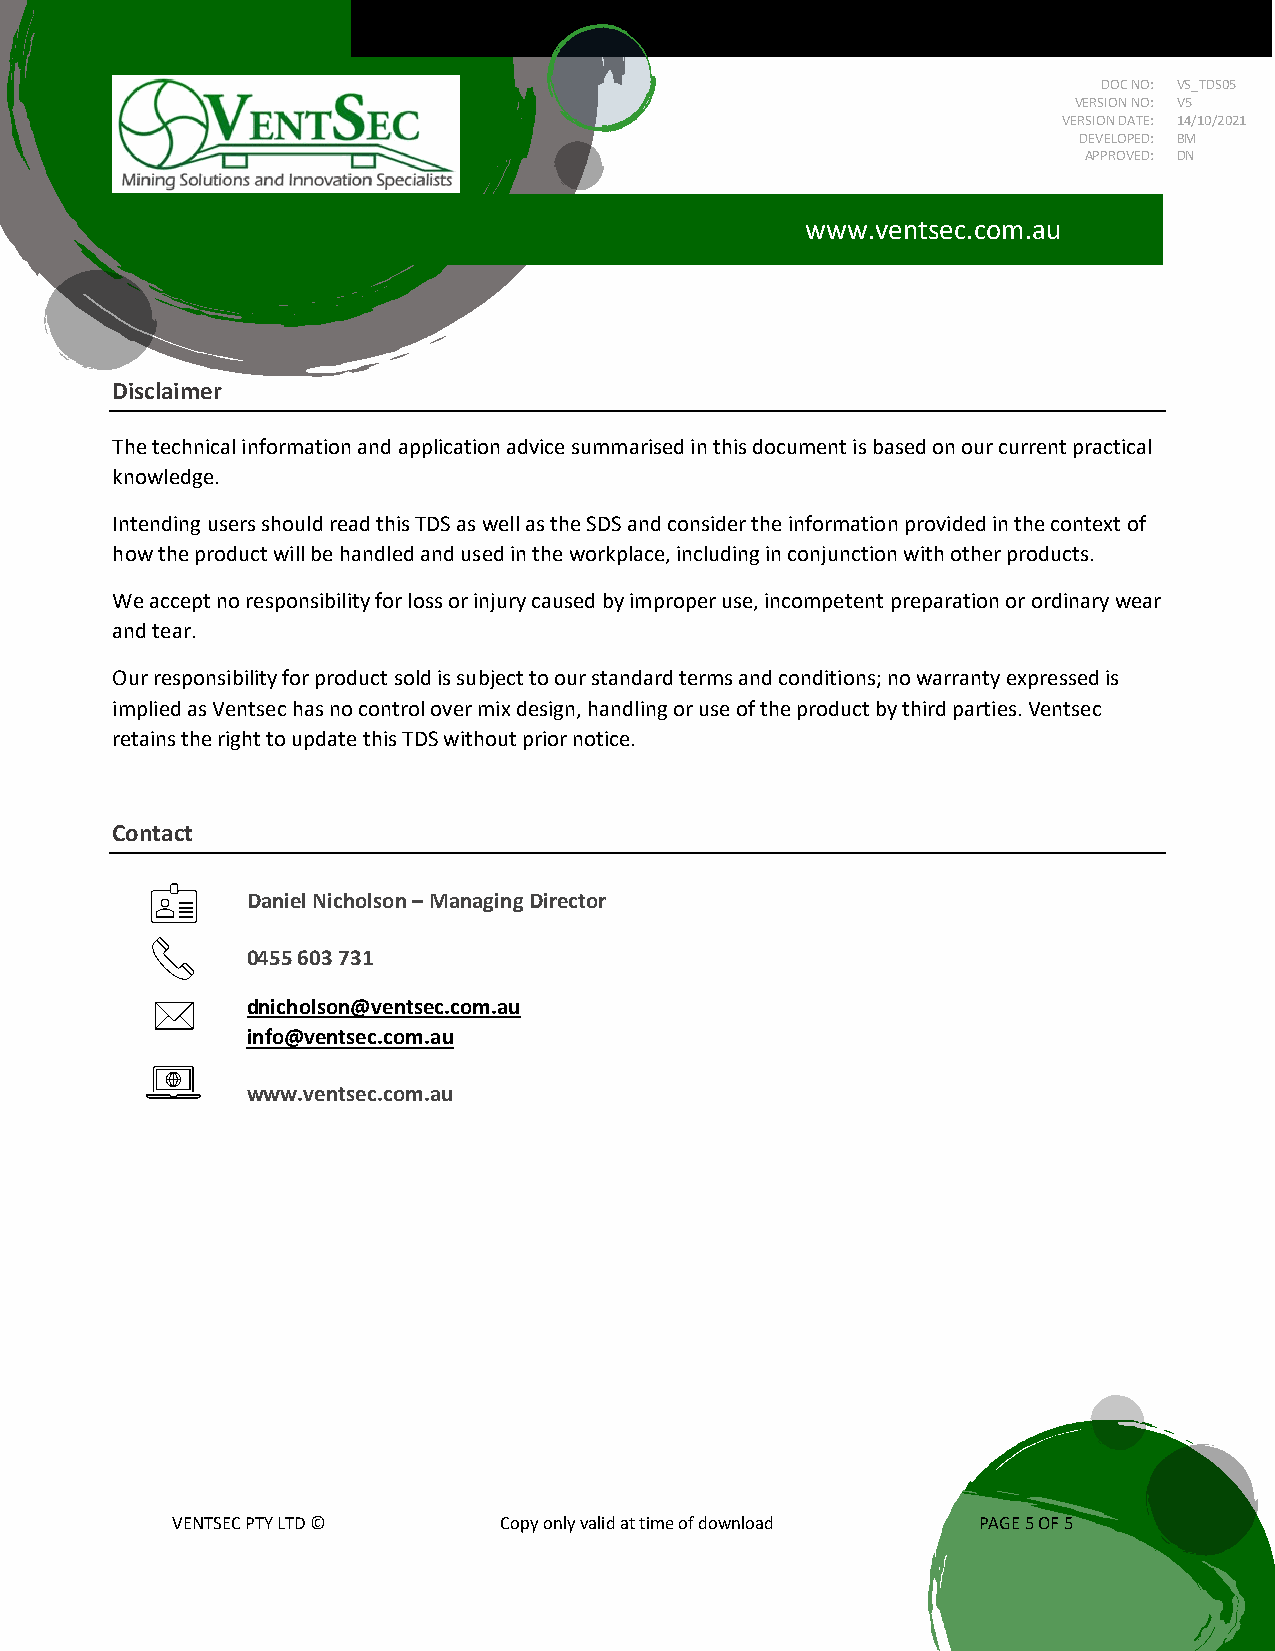
DOC NO: VS_TDS05
 VERSION NO: V5
 VERSION DATE: 14/10/2021
 DEVELOPED: BM
 APPROVED: DN
 www.ventsec.com.au
 Disclaimer
 The technical information and application advice summarised in this document is based on our current practical
 knowledge.
 Intending users should read this TDS as well as the SDS and consider the information provided in the context of
 how the product will be handled and used in the workplace, including in conjunction with other products.
 We accept no responsibility for loss or injury caused by improper use, incompetent preparation or ordinary wear
 and tear.
 Our responsibility for product sold is subject to our standard terms and conditions; no warranty expressed is
 implied as Ventsec has no control over mix design, handling or use of the product by third parties. Ventsec
 retains the right to update this TDS without prior notice.
 Contact
 Daniel Nicholson – Managing Director
 0455 603 731
 dnicholson@ventsec.com.au
 info@ventsec.com.au
 www.ventsec.com.au
 VENTSEC PTY LTD ©     Copy only valid at time of download PAGE 5 OF 5